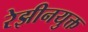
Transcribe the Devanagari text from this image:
रेझीनयुक्त